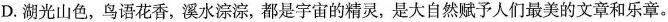
D.湖光山色，鸟语花香，溪水淙淙，都是宇宙的精灵，是大自然赋予人们最美的文章和乐章。